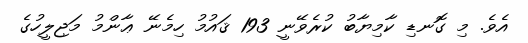
އެވެ. މި ގޮނޑި ކާމިޔާބު ކުރެވޭނީ 193 ޤައުމު ހިމެނޭ ޢާންމު މަޖިލީހުގެ